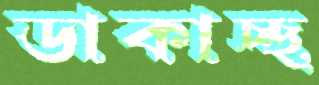
ডাকাচ্ছ